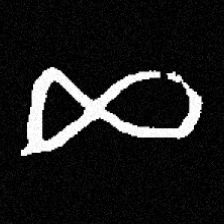
Pyu character \u2014 Myanmar letter: ဆ (romanized: cha)